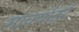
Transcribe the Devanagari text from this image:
मार्क्वार्ड्ट